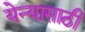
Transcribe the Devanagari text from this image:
येन्यासाठी